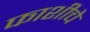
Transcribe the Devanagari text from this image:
फाशीचे